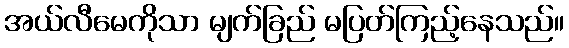
အယ်လီမေကိုသာ မျက်ခြည် မပြတ်ကြည့်နေသည်။